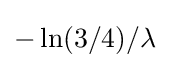
-\ln(3/4)/\lambda